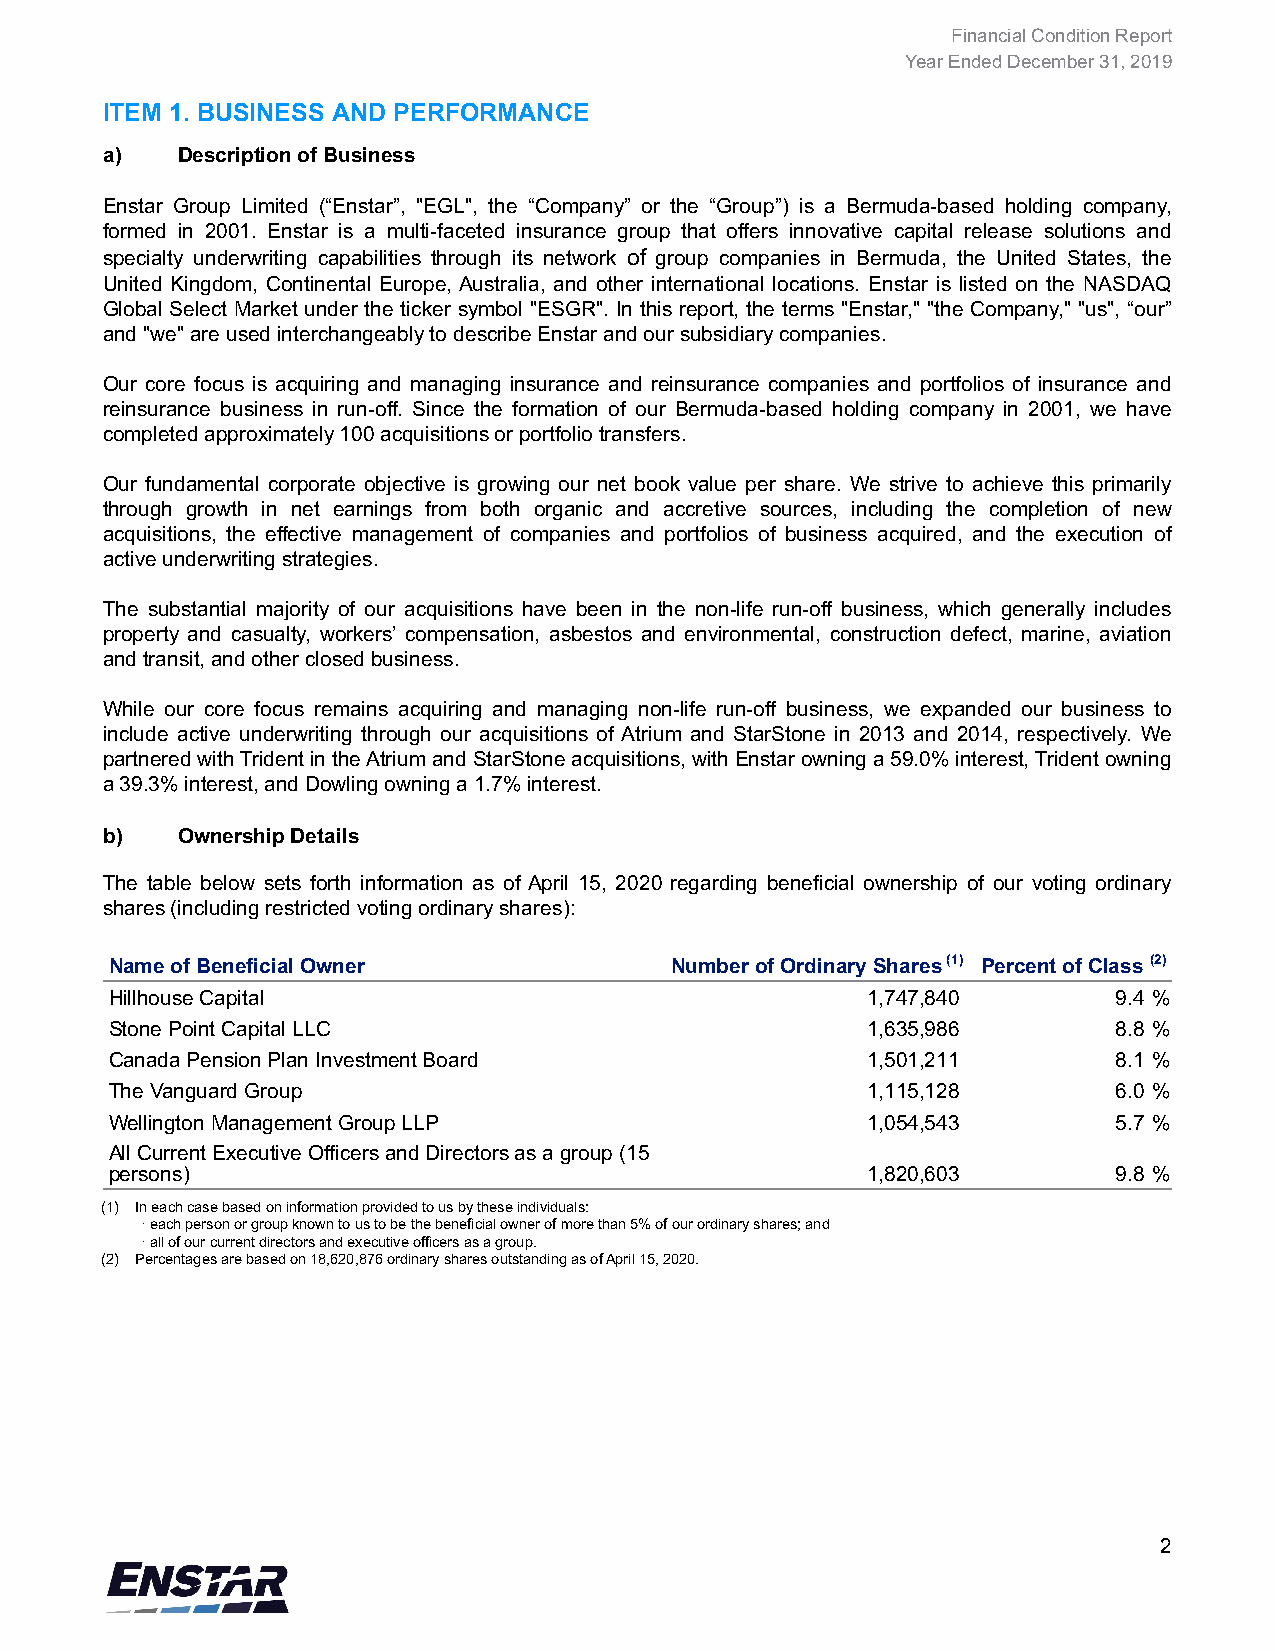
Financial Condition Report
 Year Ended December 31, 2019
 ITEM 1. BUSINESS AND PERFORMANCE
 a)   Description of Business
 Enstar Group Limited (“Enstar”, "EGL", the “Company” or the “Group”) is a Bermuda-based holding company,
 formed in 2001. Enstar is a multi-faceted insurance group that offers innovative capital release solutions and
 specialty underwriting capabilities through its network of group companies in Bermuda, the United States, the
 United Kingdom, Continental Europe, Australia, and other international locations. Enstar is listed on the NASDAQ
 Global Select Market under the ticker symbol "ESGR". In this report, the terms "Enstar," "the Company," "us", “our”
 and "we" are used interchangeably to describe Enstar and our subsidiary companies.
 Our core focus is acquiring and managing insurance and reinsurance companies and portfolios of insurance and
 reinsurance business in run-off. Since the formation of our Bermuda-based holding company in 2001, we have
 completed approximately 100 acquisitions or portfolio transfers.
 Our fundamental corporate objective is growing our net book value per share. We strive to achieve this primarily
 through growth in net earnings from both organic and accretive sources, including the completion of new
 acquisitions, the effective management of companies and portfolios of business acquired, and the execution of
 active underwriting strategies.
 The substantial majority of our acquisitions have been in the non-life run-off business, which generally includes
 property and casualty, workers’ compensation, asbestos and environmental, construction defect, marine, aviation
 and transit, and other closed business.
 While our core focus remains acquiring and managing non-life run-off business, we expanded our business to
 include active underwriting through our acquisitions of Atrium and StarStone in 2013 and 2014, respectively. We
 partnered with Trident in the Atrium and StarStone acquisitions, with Enstar owning a 59.0% interest, Trident owning
 a 39.3% interest, and Dowling owning a 1.7% interest.
 b)   Ownership Details
 The table below sets forth information as of April 15, 2020 regarding beneficial ownership of our voting ordinary
 shares (including restricted voting ordinary shares):
 Name of Beneficial Owner             Number of Ordinary Shares (1) Percent of Class (2)
 Hillhouse Capital                                 1,747,840        9.4 %
 Stone Point Capital LLC                           1,635,986        8.8 %
 Canada Pension Plan Investment Board              1,501,211        8.1 %
 The Vanguard Group                                1,115,128        6.0 %
 Wellington Management Group LLP                   1,054,543        5.7 %
 All Current Executive Officers and Directors as a group (15
 persons)                                          1,820,603        9.8 %
 (1) In each case based on information provided to us by these individuals:
 · each person or group known to us to be the beneficial owner of more than 5% of our ordinary shares; and
 · all of our current directors and executive officers as a group.
 (2) Percentages are based on 18,620,876 ordinary shares outstanding as of April 15, 2020.
 2